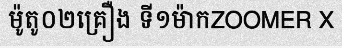
ម៉ូតូ០២គ្រឿង ទី១ម៉ាកZOOMER X